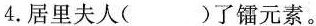
4.居里夫人()了镭元素。